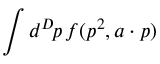
\int d ^ { D } \! p \, f ( p ^ { 2 } , a \cdot p )